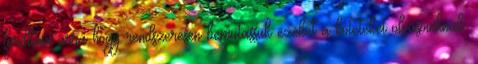
fordítani arra hogy rendszeresen bemutassuk ezeket a köteteket olvasóinknak.